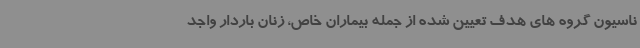
ناسیون گروه های هدف تعیین شده از جمله بیماران خاص، زنان باردار واجد